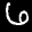
Label: 6